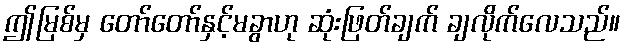
ဤမြစ်မှ တော်တော်နှင့်မခွာဟု ဆုံးဖြတ်ချက် ချလိုက်လေသည်။